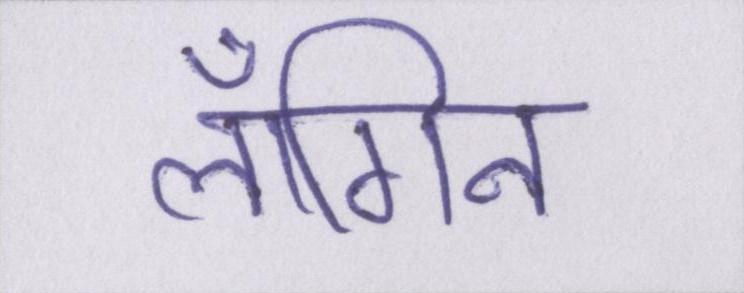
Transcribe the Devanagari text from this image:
लॉगिन